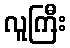
လူကြီး